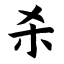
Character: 杀